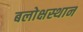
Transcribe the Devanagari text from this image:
बलोक्षस्थान